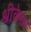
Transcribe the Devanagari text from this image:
श्रीकेसर